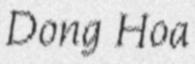
Dong Hoa